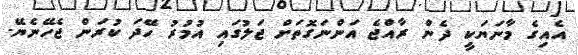
އެއިގެ މާނަޔަކީ ދެން ރާއްޖެ އަންނަގޮތަށް ޖަލުގައި އުމުރު ހޭދަ ކުރަން ޖެހޭނެޔޭ.